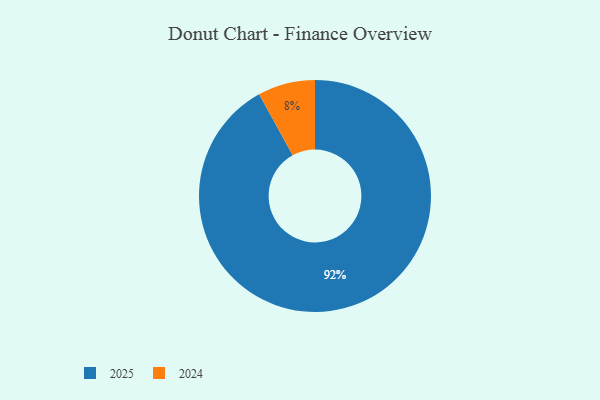
{"axis": {"x": "Category", "y": "Percentage"}, "legend": ["2024", "2025"], "data": [{"x": "2024", "y": 8, "type": "2024"}, {"x": "2025", "y": 92, "type": "2025"}]}